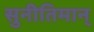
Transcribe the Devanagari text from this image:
सुनीतिमान्‌